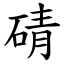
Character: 碃